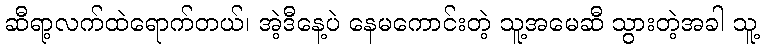
ဆီရာ့လက်ထဲရောက်တယ်၊ အဲ့ဒီနေ့ပဲ နေမကောင်းတဲ့ သူ့အမေဆီ သွားတဲ့အခါ သူ့